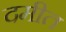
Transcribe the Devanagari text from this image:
दमीत